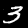
Label: 3